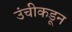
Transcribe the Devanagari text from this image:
उंचीकडून